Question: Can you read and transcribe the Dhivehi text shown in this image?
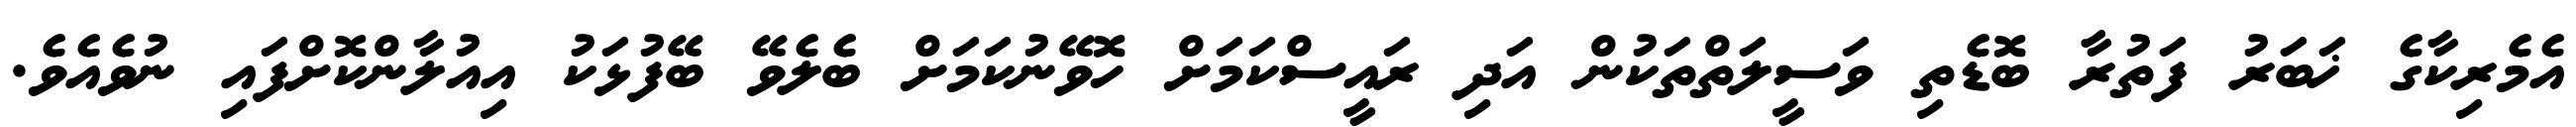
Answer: އެމެރިކާގެ ޚަބަރު ފަތުރާ ބޮޑެތި ވަސީލަތްތަކުން އަދި ރައީސްކަމަށް ހޮވޭނުކަމަށް ބެލެވޭ ބޭފުޅަކު އިއުލާންކޮށްފައި ނުވެއެވެ.